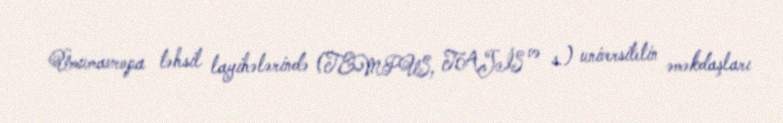
Ümumavropa təhsil layihələrində (TEMPUS, TAJİS və s.) universitetin əməkdaşları